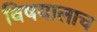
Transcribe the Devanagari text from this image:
विषयालाच